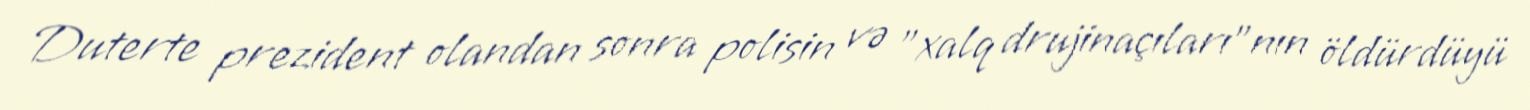
Duterte prezident olandan sonra polisin və "xalq drujinaçıları"nın öldürdüyü